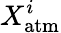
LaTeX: X_{\mathrm{atm}}^{i}